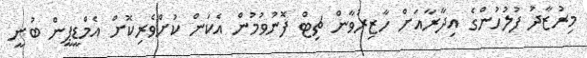
މިރުޒާދު ފުލުހުންގެ އިދާރާއަށް ހާޒިރުވާން ޗިޓް ފޮނުވުމުން އެކަން ކުށްވެރިކޮށް އެމްޑީޕީން ބުނީ